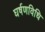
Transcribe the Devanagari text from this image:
घर्षणविधि